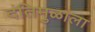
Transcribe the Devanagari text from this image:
दंतिमुळाला